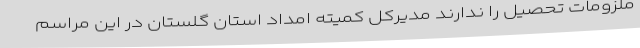
ملزومات تحصیل را ندارند مدیرکل کمیته امداد استان گلستان در این مراسم